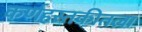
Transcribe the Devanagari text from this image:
कर्णहस्तकीतला